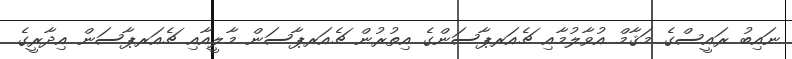
ނައިބު ރައީސްގެ މަޤާމް އުވާލުމާއި ޗެއަރޕާސަންގެ އިތުރުން ޗެއަރޕާސަން މާލީއާއި ޗެއަރޕާސަން އިދާރީގެ